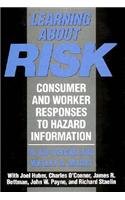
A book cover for Learning about Risk: Consumer and Worker Responses to Hazard Information; W. Kip Viscusi; Science & Math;